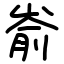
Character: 嵛